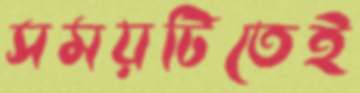
সময়টিতেই